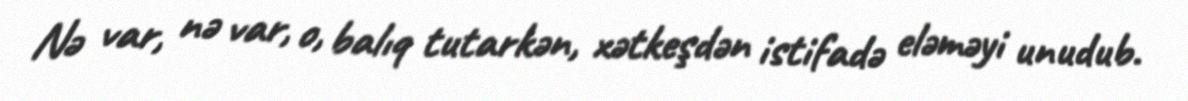
Nə var, nə var, o, balıq tutarkən, xətkeşdən istifadə eləməyi unudub.